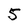
Character: 5